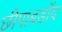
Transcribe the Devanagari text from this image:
छीपाबडॉद